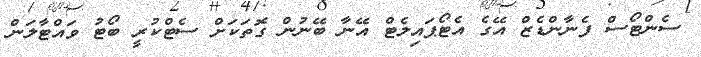
ސެންޓޯސް ފެނާންޑެޒް އޭގެ އެޓޯޕައިލެޓް އޭނާ ބޭނުން ގޮތަކަށް ސެޓްކުރީ ބޯޓު ވައްޓާލަން